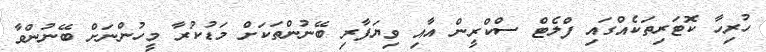
ހުރިހާ ކޮޓަރިތަކެއްގައި ފްލެޓް ސްކްރީން އާއި ވިޔަފާރި ބޭނުންތަކަށް މަޑުކުރާ މީހުންނަށް ބޭނުންވާ